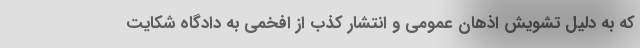
که به دلیل تشویش اذهان عمومی و انتشار کذب از افخمی به دادگاه شکایت